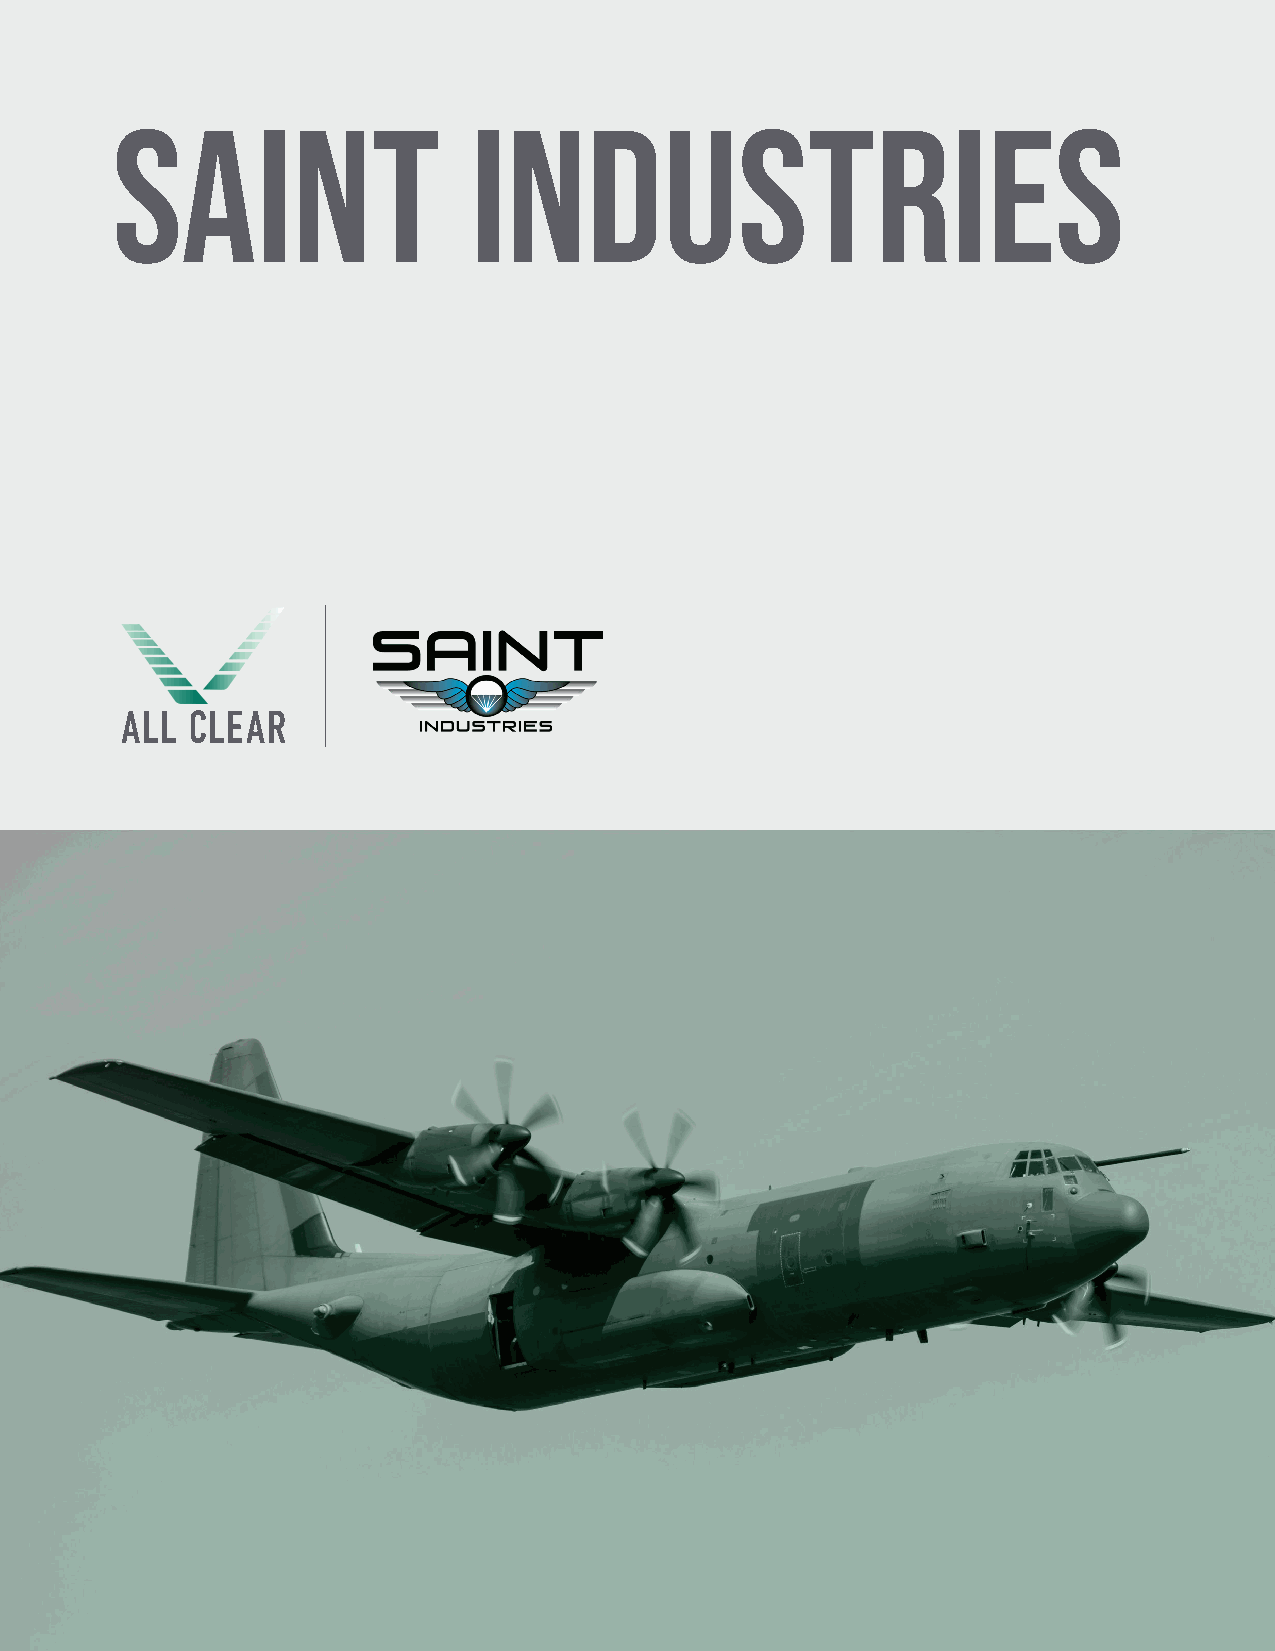
SAINT                   INDUSTRIES